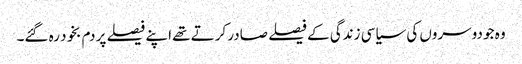
وہ جو دوسروں کی سیاسی زندگی کے فیصلے صادر کرتے تھے اپنے فیصلے پر دم بخود رہ گئے۔